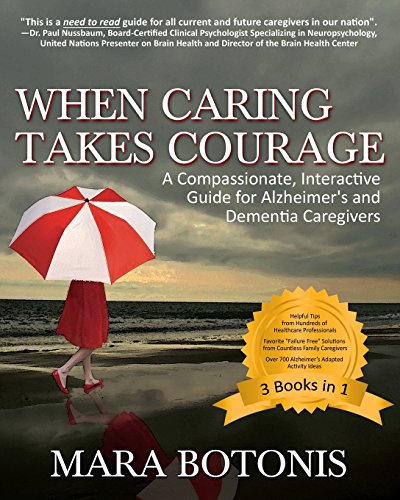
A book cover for When Caring Takes Courage: A Compassionate, Interactive Guide for Alzheimer's and Dementia Caregivers; Mara Botonis; Parenting & Relationships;